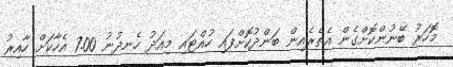
މޮހަރު ބޭނުންކޮށްގެން އެތެރެއިން ބަންދުކޮށްފައި ހުއްޓައި މިއަދު ހެނދުނު 7.00 އެހާކަށް ހާއިރު